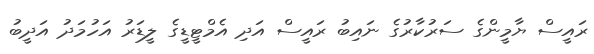
ރައީސް ޔާމީންގެ ސަރުކާރުގެ ނައިބު ރައީސް އަދި އެމްޓީޑީގެ ލީޑަރު އަހުމަދު އަދީބު